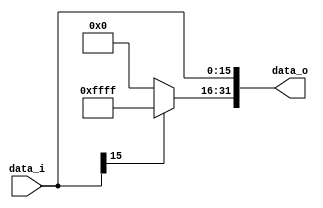
//0810740
//Subject:     CO project 2 - Sign extend
//--------------------------------------------------------------------------------
//Version:     1
//--------------------------------------------------------------------------------
//Writer:      
//----------------------------------------------
//Date:        
//----------------------------------------------
//Description: 
//--------------------------------------------------------------------------------
//add zero or one  to the offset's left side by this offset  pos or neg [15]
`timescale 1ns/1ps
module Sign_Extend(
    data_i,
    data_o
    );
               
//I/O ports
input   [16-1:0] data_i;
output  [32-1:0] data_o;

//Internal Signals
reg     [32-1:0] data_o;

//Sign extended
always @(data_i) begin
	data_o[15:0] <= data_i[15:0];
	//positive
	if (data_i[15]==0) 
		data_o[31:16] <= 16'b0;
	//negative
	else 
		data_o[31:16] <= ~(16'b0);
end
endmodule